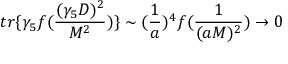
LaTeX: t r \{ \gamma _ { 5 } f ( \frac { ( \gamma _ { 5 } D ) ^ { 2 } } { M ^ { 2 } } ) \} \sim ( \frac { 1 } { a } ) ^ { 4 } f ( \frac { 1 } { ( a M ) ^ { 2 } } ) \rightarrow 0